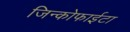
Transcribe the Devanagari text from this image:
जिन्कोफाईटा